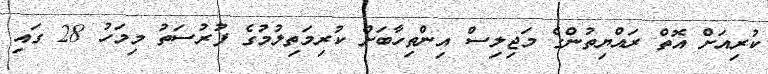
ކުރިއަށް އޮތް ރައްޔިތުންގެ މަޖިލިސް އިންތިހާބަށް ކުރިމަތިލުމުގެ ފުރުސަތު މިމަހު 28 ގައި